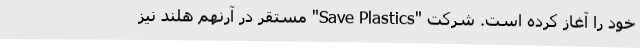
خود را آغاز کرده است. شرکت "Save Plastics" مستقر در آرنهم هلند نیز